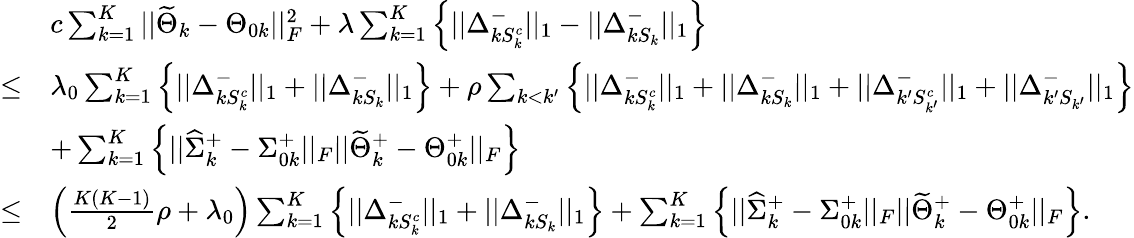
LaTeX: \begin{array}{rl}&{c\sum_{k=1}^{K}||\widetilde{\Theta}_{k}-\Theta_{0k}||_{F}^{2}+\lambda\sum_{k=1}^{K}\Big\{ ||\Delta_{kS_{k}^{c}}^{-}||_{1}-||\Delta_{kS_{k}}^{-}||_{1}\Big\} }\\ {\leq}&{\lambda_{0}\sum_{k=1}^{K}\Big\{ ||\Delta_{kS_{k}^{c}}^{-}||_{1}+||\Delta_{kS_{k}}^{-}||_{1}\Big\} +\rho\sum_{k<k^{\prime}}\Big\{ ||\Delta_{kS_{k}^{c}}^{-}||_{1}+||\Delta_{kS_{k}}^{-}||_{1}+||\Delta_{k^{\prime}S_{k^{\prime}}^{c}}^{-}||_{1}+||\Delta_{k^{\prime}S_{k^{\prime}}}^{-}||_{1}\Big\} }\\ &{+\sum_{k=1}^{K}\left\{ ||\widehat{\Sigma}_{k}^{+}-\Sigma_{0k}^{+}||_{F}||\widetilde{\Theta}_{k}^{+}-\Theta_{0k}^{+}||_{F}\right\} }\\ {\leq}&{\left(\frac{K(K-1)}{2}\rho+\lambda_{0}\right)\sum_{k=1}^{K}\Big\{ ||\Delta_{kS_{k}^{c}}^{-}||_{1}+||\Delta_{kS_{k}}^{-}||_{1}\Big\} +\sum_{k=1}^{K}\left\{ ||\widehat{\Sigma}_{k}^{+}-\Sigma_{0k}^{+}||_{F}||\widetilde{\Theta}_{k}^{+}-\Theta_{0k}^{+}||_{F}\right\} .}\end{array}